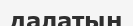
далатын